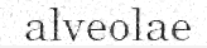
alveolae